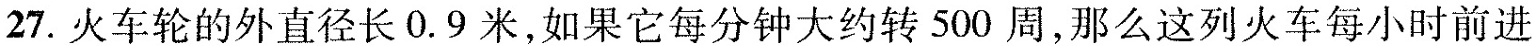
27. 火车轮的外直径长0.9米，如果它每分钟大约转500周，那么这列火车每小时前进